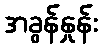
အခွန်နှုန်း